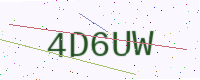
Text: 4D6UW